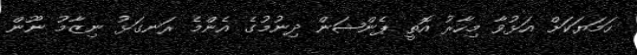
ހަމަޔަކަށް އަޅުވާ މިހާރު އޮތީ ޕެންޝަން ދިނުމުގެ އެންމެ ރަނގަޅު ނިޒާމު ނޫން